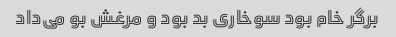
برگر خام بود سوخاری بد بود و مرغش بو می‌داد